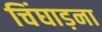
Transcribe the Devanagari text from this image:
चिंघाड़ना